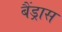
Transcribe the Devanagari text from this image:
बैंड्रास